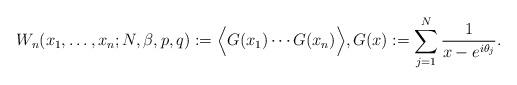
LaTeX: \begin{align*} W_n(x_1,\dots,x_n;N,\beta,p,q) := \Big \langle G(x_1) \cdots G(x_n) \Big \rangle, G(x) := \sum_{j=1}^N {1 \over x - e^{i \theta_j}}. \end{align*}